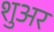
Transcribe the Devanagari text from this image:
शुअर